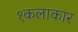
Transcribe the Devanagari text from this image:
१कलाकार